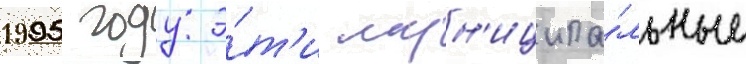
1995 году э́т'и мун'иципа́льные